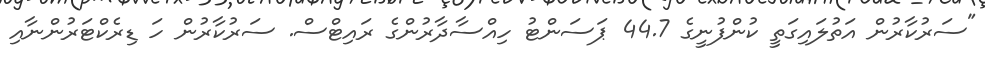
"ސަރުކާރުން އަތުލައިގަތީ ކުންފުނީގެ 44.7 ޕަސަންޓު ހިއްސާދާރުންގެ ރައިޓްސް. ސަރުކާރުން ހަ ޑިރެކްޓަރުންނާއި